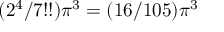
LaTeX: ( 2 ^ { 4 } / 7 ! ! ) \pi ^ { 3 } = ( 1 6 / 1 0 5 ) \pi ^ { 3 }